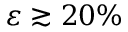
\varepsilon \gtrsim 2 0 \%